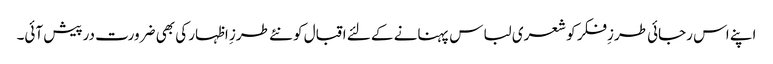
اپنے اس رجائی طرزِفکر کو شعری لباس پہنانے کے لئے اقبال کو نئے طرزِ اظہار کی بھی ضرورت درپیش آئی۔